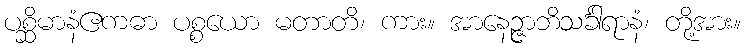
ပစ္ဆိမာနံဧကဓာ ပစ္စယော မတာတိ၊ ကား။ အာနေဉ္ဇာဘိသင်္ခါရာနံ၊ တို့အား။